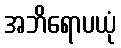
အဘိရောပယုံ